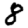
Digit: 8